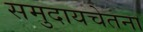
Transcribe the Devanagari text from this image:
समुदायचेतना